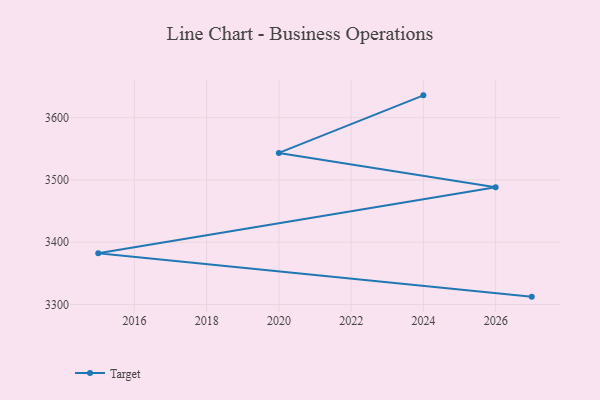
{"axis": {"x": "Year", "y": "Conversion Rate (%)"}, "legend": ["Target"], "data": [{"x": "2027", "y": 3312.6, "type": "Target"}, {"x": "2015", "y": 3382.1, "type": "Target"}, {"x": "2026", "y": 3488.3, "type": "Target"}, {"x": "2020", "y": 3543.4, "type": "Target"}, {"x": "2024", "y": 3635.8, "type": "Target"}]}